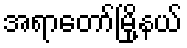
အရာတော်မြို့နယ်